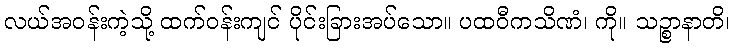
လယ်အဝန်းကဲ့သို့ ထက်ဝန်းကျင် ပိုင်းခြားအပ်သော။ ပထဝီကသိဏံ၊ ကို။ သဉ္စာနာတိ၊